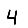
Digit: 4